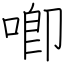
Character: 喞